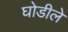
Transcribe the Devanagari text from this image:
घोडीले